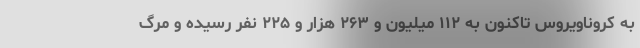
به کروناویروس تاکنون به ۱۱۲ میلیون و ۲۶۳ هزار و ۲۲۵ نفر رسیده و مرگ